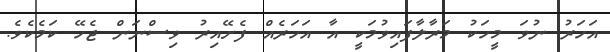
އަހަރު ނުވަ މީހަކު މަރާލާފައިވުމަކީ އާ އަހަރެއް ފެށޭއިރު ވިސްނަން ޖެހޭ ކަމެކެވެ.